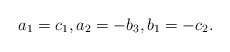
\begin{align*} a_{1}=c_{1}, a_{2}=-b_{3}, b_{1}=-c_{2}.\end{align*}